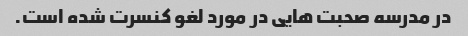
در مدرسه صحبت هایی در مورد لغو کنسرت شده است.